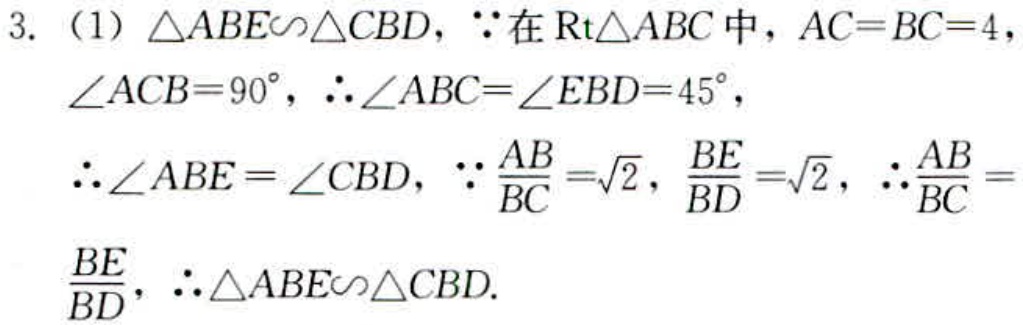
3. （1）$\triangle ABE\sim\triangle CBD$，$\because$在$\mathrm{Rt}\triangle ABC$中，$AC = BC = 4$，$\angle ACB = 90^{\circ}$，$\therefore\angle ABC=\angle EBD = 45^{\circ}$，$\therefore\angle ABE=\angle CBD$，$\because\frac{AB}{BC}=\sqrt{2}$，$\frac{BE}{BD}=\sqrt{2}$，$\therefore\frac{AB}{BC} = \frac{BE}{BD}$，$\therefore\triangle ABE\sim\triangle CBD$.